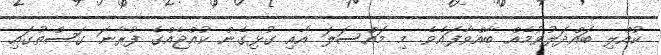
ކުއްލި ބައްދަލުވުމެއް ބާއްވާފައެވެ. މި މައްސަލަ އާއި ގުޅިގެން ކުއްޖެއްގެ ފުރާނަ ގަސްތުގައި